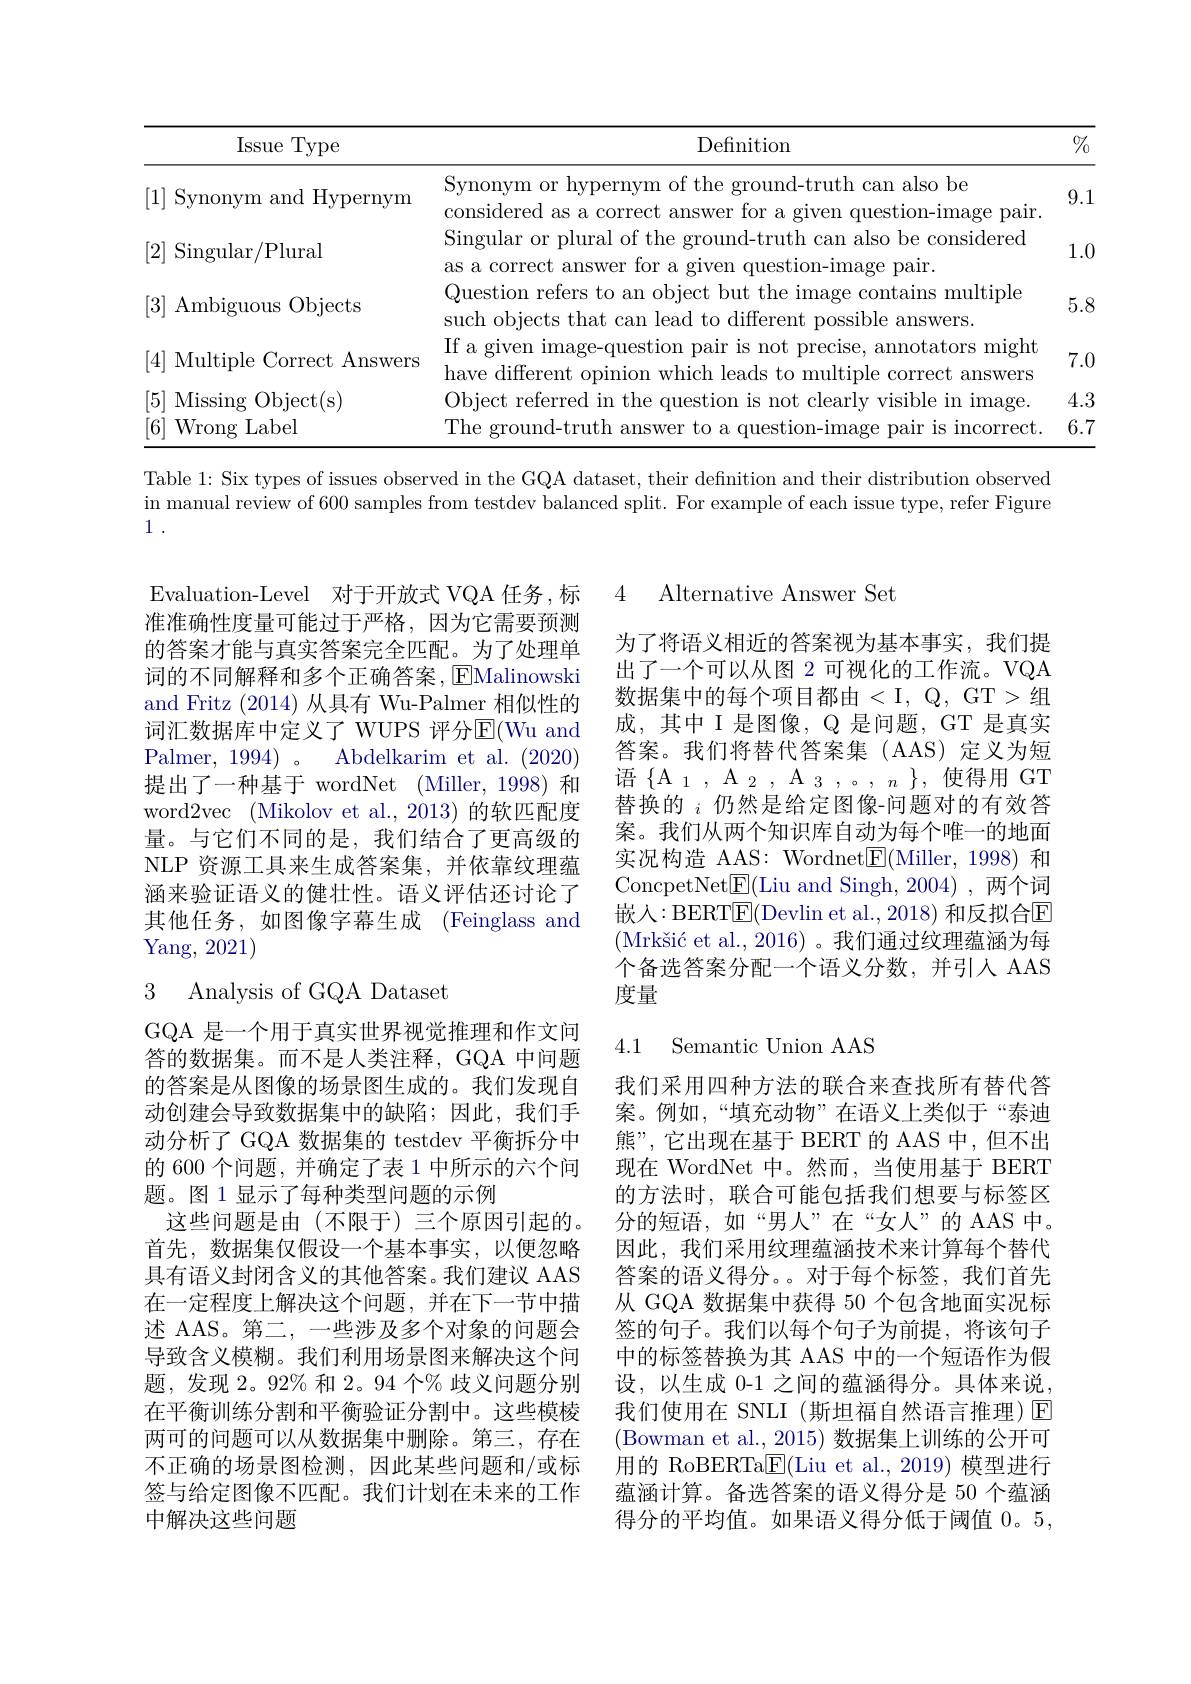
<table>
	<tbody>
		<tr>
			<th> </th>
			<th>;Type Issue</th>
			<th>${\mathrm{Definition}}$</th>
			<th>$\%$</th>
		</tr>
		<tr>
			<td>[1]</td>
			<td>Synonym and Hypernym</td>
			<td>Synonym or hypernym of the ground-truth can also be considered as a correct answer for a given question-image pair.</td>
			<td>9.1</td>
		</tr>
		<tr>
			<td>[2]</td>
			<td>Singular/Plural</td>
			<td>lmgular or LDU $JU$ as a correct answer for a given question-image pair.</td>
			<td>1.1. </td>
		</tr>
		<tr>
			<td>[3]</td>
			<td>Ambiguous Objects</td>
			<td>Question refers to an object but the image contains multiple such objects that can lead to different possible answers.</td>
			<td>$5.i$</td>
		</tr>
		<tr>
			<td>[4] -</td>
			<td>Multiple e Correct Answers</td>
			<td>If a given image-question pair is not precise, annotators might nave different opinion which leads to multiple correct answers</td>
			<td>7.1</td>
		</tr>
		<tr>
			<td>[6 t 1 1 T</td>
			<td>Wrong $\mathbf{r}$Label</td>
			<td>$\operatorname{lncorrect}$</td>
			<td>6. P 1 </td>
		</tr>
	</tbody>
</table>

Table 1: Six types of issues observed in the GQA dataset, their defnition and their distribution observed in manual review of 600 samples from testdev balanced split. For example of each issue type, refer Figure

1 .

Evaluation-Level 对于开放式 VQA 任务，标4 Alternative Answer Set

准准确性度量可能过于严格，因为它需要预测的答案才能与真实答案完全匹配。为了处理单词的不同解释和多个正确答案，EMalinowski and Fritz (2014)从具有 Wu-Palmer 相似性的词汇数据库中定义了 WUPS 评分$\overline{\mathrm{E}}($Wu and Palmer, 1994)。Abdelkarim et al. (2020) 提出了一种基于 wordNet (Miller, 1998) 和word2vec (Mikolov et al., 2013) 的软匹配度量。与它们不同的是，我们结合了更高级的NLP 资源工具来生成答案集，并依靠纹理蕴涵来验证语义的健壮性。语义评估还讨论了其他任务，如图像字幕生成 (Feinglass and Yang, 2021)

为了将语义相近的答案视为基本事实，我们提出了一个可以从图 2 可视化的工作流。VQA 数据集中的每个项目都由<I, Q, GT> 组 成，其中 I 是图像，Q 是问题，GT 是真实答案。我们将替代答案集 (AAS)定义为短语$\{\mathcal{A}_1,\mathcal{A}_2,\mathcal{A}_3,..,n\}$,使得用 GT 替换的 $_i$仍然是给定图像-问题对的有效答案。我们从两个知识库自动为每个唯一的地面实况构造 AAS: Wordnet$\underline{\mathrm{E}}($Miller, 1998) 和ConcpetNet$\underline{\mathrm{E}}($Liu and Singh, 2004),\:两个词嵌入：BERT$\overline{\mathrm{E}}($Devlin et al.,2018) 和反拟合$\overline{\mathrm{E}}$ $( \text{Mrk\v{s} i\'{c} et al. , 2016) 。我 们 通 过 纹 理 蕴 涵 为 每 }$ 个备选答案分配一个语义分数，并引入 AAS 度量

3 Analysis of GQA Dataset

### 4.1 Semantic Union AAS

GQA 是一个用于真实世界视觉推理和作文问答的数据集。而不是人类注释，GQA 中问题的答案是从图像的场景图生成的。我们发现自动创建会导致数据集中的缺陷；因此，我们手动分析了 GQA 数据集的 testdev 平衡拆分中的 600 个问题，并确定了表 1 中所示的六个问题。图 1 显示了每种类型问题的示例
这些问题是由(不限于)三个原因引起的。首先，数据集仅假设一个基本事实，以便忽略具有语义封闭含义的其他答案。我们建议 AAS 在一定程度上解决这个问题，并在下一节中描述 AAS。第二，一些涉及多个对象的问题会导致含义模糊。我们利用场景图来解决这个问题，发现 2。92% 和 2。94 个% 歧义问题分别在平衡训练分割和平衡验证分割中。这些模棱两可的问题可以从数据集中删除。第三，存在不正确的场景图检测，因此某些问题和/或标签与给定图像不匹配。我们计划在未来的工作中解决这些问题

我们采用四种方法的联合来查找所有替代答案。例如，“填充动物”在语义上类似于“泰迪熊”,它出现在基于 BERT 的 AAS 中，但不出现在 WordNet 中。然而，当使用基于 BERT 的方法时，联合可能包括我们想要与标签区分的短语，如“男人”在“女人”的 AAS 中。因此，我们采用纹理蕴涵技术来计算每个替代答案的语义得分。。对于每个标签，我们首先从 GQA 数据集中获得 50 个包含地面实况标签的句子。我们以每个句子为前提，将该句子中的标签替换为其 AAS 中的一个短语作为假设，以生成 0-1 之间的蕴涵得分。具体来说， 我们使用在 SNLI (斯坦福自然语言推理)E (Bowman et al., 2015) 数据集上训练的公开可用的 RoBERTa$\underline{\mathrm{E}}($Liu et al., 2019) 模型进行蕴涵计算。备选答案的语义得分是 50 个蕴涵得分的平均值。如果语义得分低于阈值 0。5,